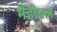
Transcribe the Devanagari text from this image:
मैंडीबल